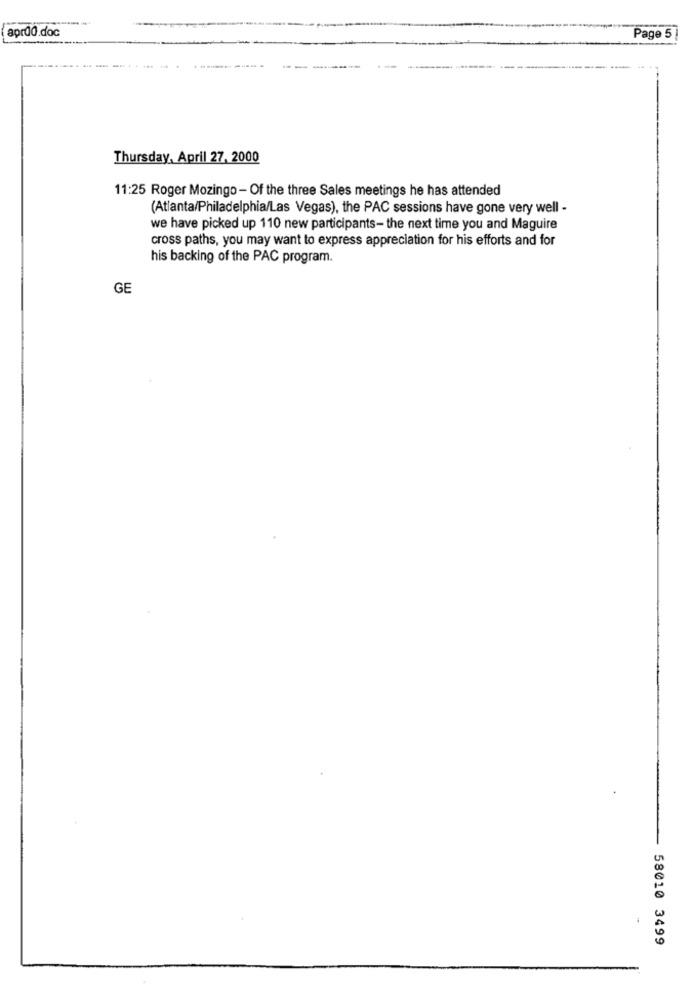
apr@0.doc
Page 5
Thursday, April 27, 2000
11:25 Roger Mozingo - Of the three Sales meetings he has attended
(Atlanta/Philadelphia/Las Vegas), the PAC sessions have gone very well -
we have picked up 110 new participants- the next time you and Maguire
cross paths, you may want to express appreciation for his efforts and for
his backing of the PAC program.
GE
58010 3499